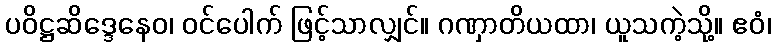
ပဝိဋ္ဌဆိဒ္ဒေနေဝ၊ ဝင်ပေါက် ဖြင့်သာလျှင်။ ဂဏှာတိယထာ၊ ယူသကဲ့သို့။ ဧဝံ၊